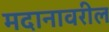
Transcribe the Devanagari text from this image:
मदानावरील